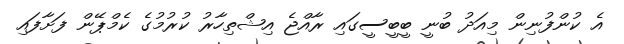
އެ ކުންފުނިން މިއަދު ބުނީ ބީބީސީގައި ރާއްޖެ އިޝްތިހާރު ކުރުމުގެ ކެމްޕޭން ފަށާފައި